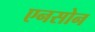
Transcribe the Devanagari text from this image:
एनसोन